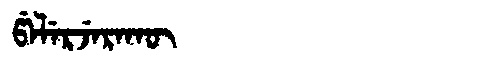
Manchu: ᡦᡝᠯᡝᡵᠵᡝᡵᠠᡴᡡ
Romanization: PELERJERAKŪ